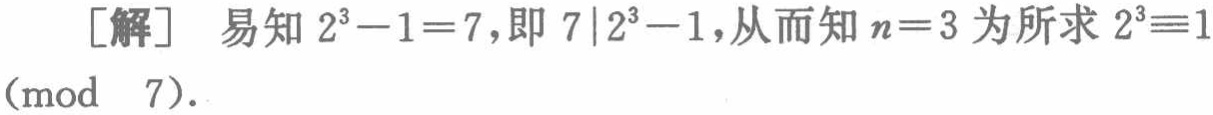
[解] 易知 \(2^{3}-1 = 7\)，即 \(7\mid 2^{3}-1\)，从而知 \(n = 3\) 为所求 \(2^{3}\equiv1\pmod{7}\)。